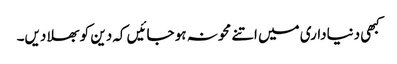
کبھی دنیاداری میں اتنے محو نہ ہو جائیں کہ دین کو بھلا دیں۔